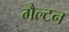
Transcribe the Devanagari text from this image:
गैल्टन